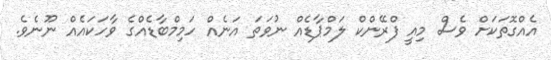
އެއްގޮތަކަށް ވެސް މިއީ ފްރޭންކް ލަމްޕާޑެއް ނުވަތަ އަނެއް ހަމިމްބާޑެއްގެ ވާހަކައެއް ނޫނެވެ.